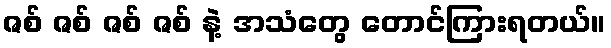
ဇစ် ဇစ် ဇစ် ဇစ် နဲ့ အသံတွေ တောင်ကြားရတယ်။